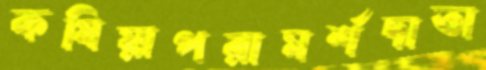
কষিয়াপরামর্শদাতা